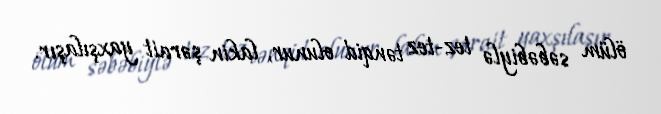
ölüm səbəbiylə tez-tez tənqid olunur, lakin şərait yaxşılaşır.